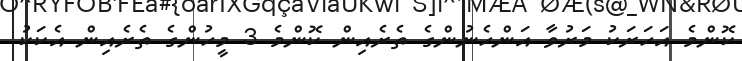
ކޮންމެ އަހަރަކު މަރުވާ އަންހެނުންގެ ތެރެއިން ކޮންމެ 3 މީހުންގެ ތެރެއިން އެކަކު